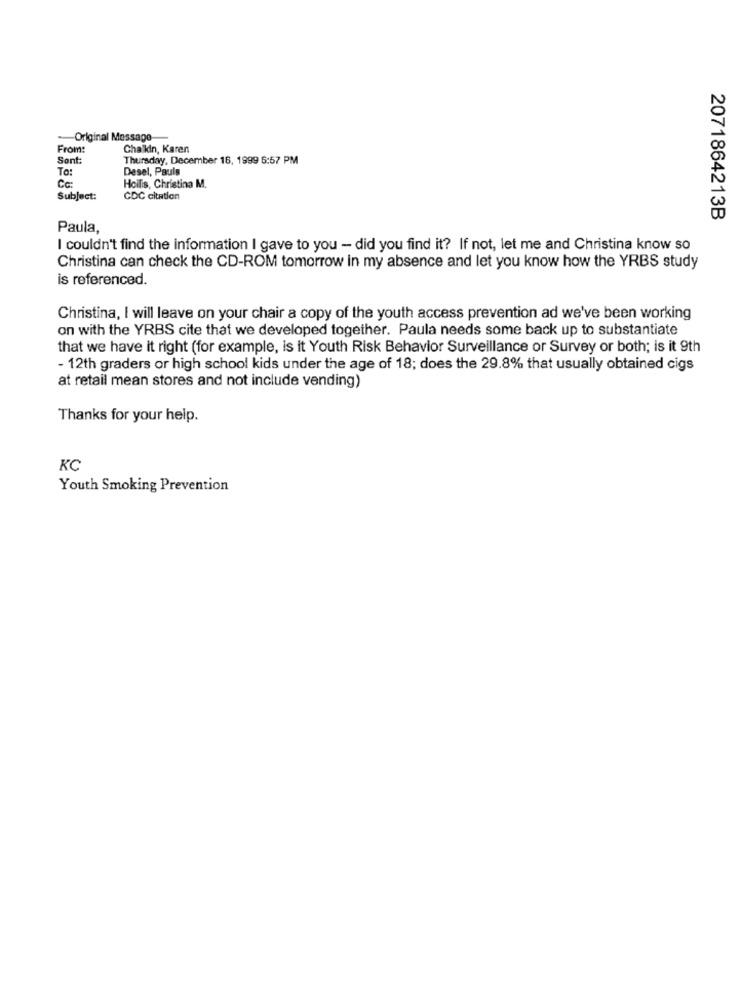
-- Original Message
From:
Chalkin, Karen
Sent:
Thursday, December 16, 1999 6:57 PM
To:
Desel, Pauls
Cc:
Hoilis, Christina M.
Subject:
CDC citation
2071864213B
Paula,
I couldn't find the information I gave to you - did you find it? If not, let me and Christina know so
Christina can check the CD-ROM tomorrow in my absence and let you know how the YRBS study
is referenced.
Christina, I will leave on your chair a copy of the youth access prevention ad we've been working
on with the YRBS cite that we developed together. Paula needs some back up to substantiate
that we have it right (for example, is it Youth Risk Behavior Surveillance or Survey or both; is it 9th
- 12th graders or high school kids under the age of 18; does the 29.8% that usually obtained cigs
at retail mean stores and not include vending)
Thanks for your help.
KC
Youth Smoking Prevention